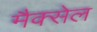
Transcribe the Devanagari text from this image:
मैक्सेल